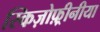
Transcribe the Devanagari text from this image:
स्किज़ोफ़्रीनीया